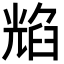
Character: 𦥿